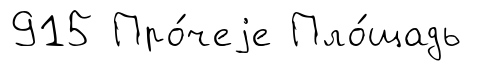
915 Про́чеjе Пло́щадь